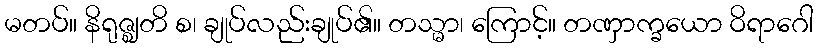
မတပ်။ နိရုဇ္ဈတိ စ၊ ချုပ်လည်းချုပ်၏။ တသ္မာ၊ ကြောင့်။ တဏှာက္ခယော ဝိရာဂေါ